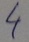
Text: 4